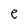
Character: e